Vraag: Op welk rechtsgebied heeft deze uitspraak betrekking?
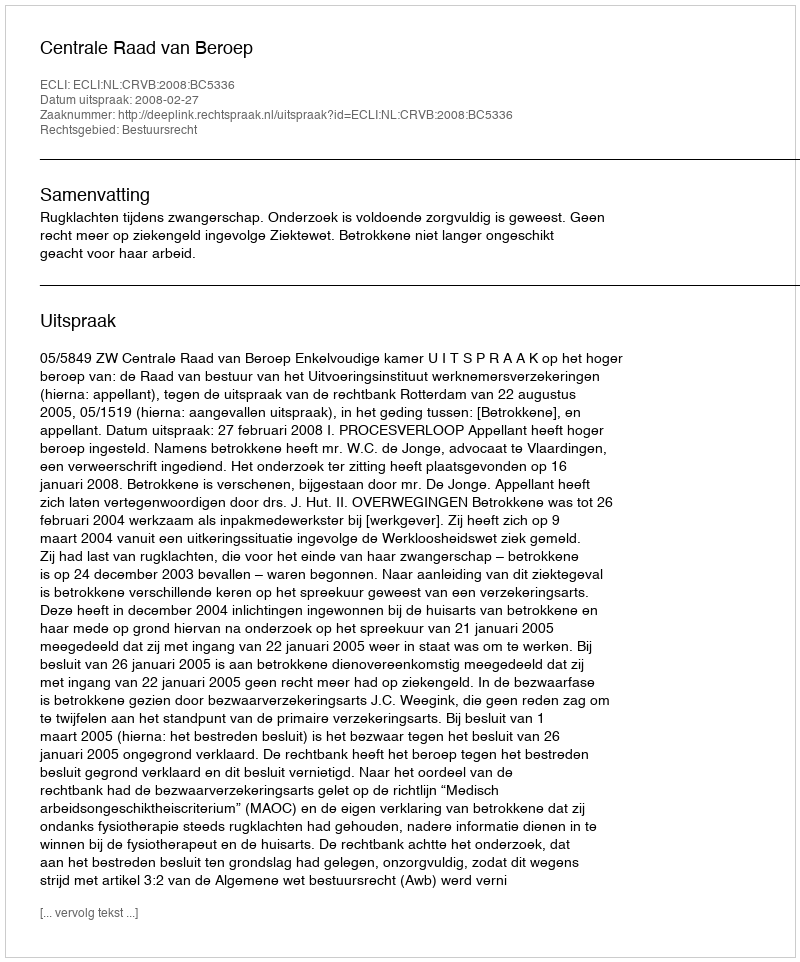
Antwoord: Bestuursrecht